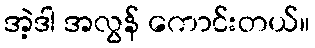
အဲ့ဒါ အလွန် ကောင်းတယ်။